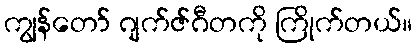
ကျွန်တော် ဂျက်ဇ်ဂီတကို ကြိုက်တယ်။